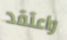
واعتقد